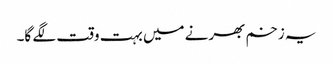
یہ زخم بھرنے میں بہت وقت لگے گا۔